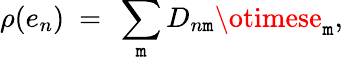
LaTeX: \rho(e_{n})~=~\sum_{\mathtt{m}}D_{n\mathtt{m}}\otimese_{\mathtt{m}},